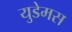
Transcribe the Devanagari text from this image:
युडेमस